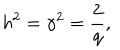
LaTeX: h ^ { 2 } = { \gamma } ^ { 2 } = \frac { 2 } { q } ,